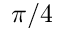
\pi / 4